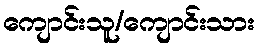
ကျောင်းသူ/ကျောင်းသား